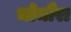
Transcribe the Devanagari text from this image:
भोमौरा